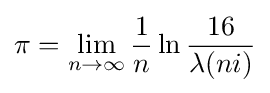
\pi =\lim _{n\to \infty }{\frac {1}{n}}\ln {\frac {16}{\lambda (ni)}}